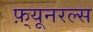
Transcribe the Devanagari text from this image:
फ़्यूनरल्स